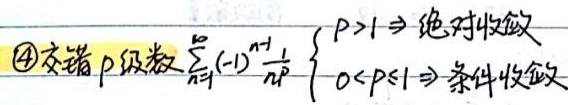
\textcircled{4}交错\(p\)级数\(\sum_{n = 1}^{\infty}(-1)^{n - 1}\frac{1}{n^{p}}\begin{cases}p>1\Rightarrow绝对收敛\\0<p\leq1\Rightarrow条件收敛\end{cases}\)